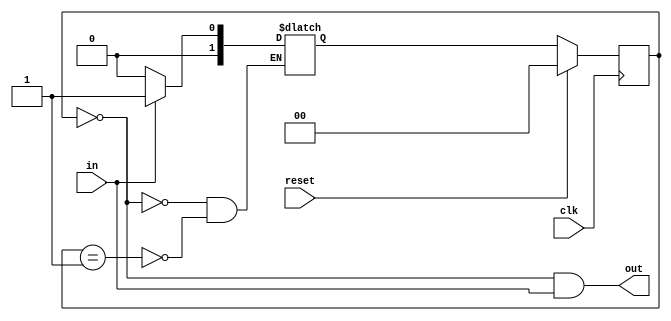
`timescale 1ns / 1ps
//////////////////////////////////////////////////////////////////////////////////
// Company: 
// Engineer: 
// 
// Design Name: 
// Module Name: FSM2_Meally
// Project Name: 
// Target Devices: 
// Tool Versions: 
// Description: 
// 
// Dependencies: 
// 
// Revision:
// Revision 0.01 - File Created
// Additional Comments:
// 
//////////////////////////////////////////////////////////////////////////////////


module FSM2_Meally(
    input clk,
    input reset,
    input in,
    output out
    );
    
    localparam Q0 = 2'b00;
    localparam Q1 = 2'b01;
    
    reg [1:0] state, state_next;
    
    always@(posedge clk)begin
        if(reset)
            state <= Q0;
        else
            state <= state_next;
    end
    
    always@(*) begin
        case(state)
            Q0: begin
                if(in == 0)
                    state_next = Q0;
                else
                    state_next = Q1;
            end
            Q1: begin
                if(in == 0)
                    state_next = Q0;
                else
                    state_next = Q1;
            end
        endcase
    end
    
    assign out = (state == Q0) & (in == 1);
    
endmodule